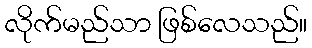
လိုက်မည်သာ ဖြစ်လေသည်။